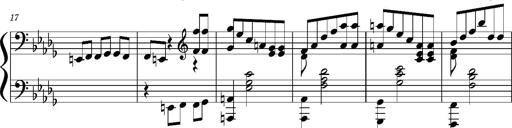
Title: Concerto sans orchestre, S.524a
Composer: Franz Liszt
Key: A major